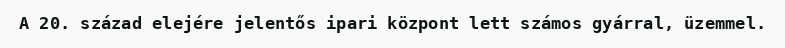
A 20. század elejére jelentős ipari központ lett számos gyárral, üzemmel.